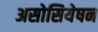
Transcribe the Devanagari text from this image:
असोसियेषन